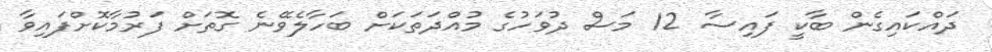
ދައްކައިގެން ބާކީ ފައިސާ 12 މަސް ދުވަހުގެ މުއްދަތަކަށް ބަހާލެވޭނެ ގޮތަށް ފަރުމާކޮށްފައިވާ